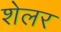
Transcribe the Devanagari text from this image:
शेलर